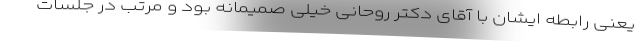
یعنی رابطه ایشان با آقای دکتر روحانی خیلی صمیمانه بود و مرتب در جلسات